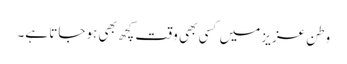
وطنِ عزیز میں کسی بھی وقت کچھ بھی ہوجاتا ہے۔